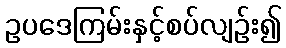
ဥပဒေကြမ်းနှင့်စပ်လျဉ်း၍